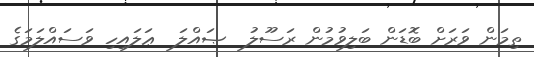
ތިމަން ވަރަށް ބޮޑަން ބަލިވުމުން ރަސޫލު  ޞައްލަ  ޢަލައިހި ވަސައްލަމަގެ